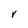
Character: V